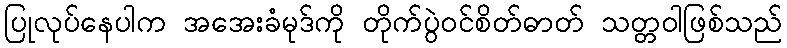
ပြုလုပ်နေပါက အအေးခံမုဒ်ကို တိုက်ပွဲဝင်စိတ်ဓာတ် သတ္တဝါဖြစ်သည်